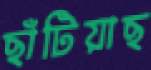
ছাঁটিয়াছ